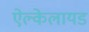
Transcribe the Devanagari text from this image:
ऐल्केलायड